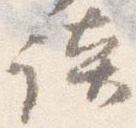
談